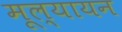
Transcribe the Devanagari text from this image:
मूल्यायन